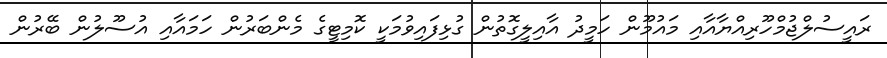
ރައީސުލްޖުމްހޫރިއްޔާއާއި މައުމޫން ހަމީދު އާއިލީގޮތުން ގުޅިފައިވުމަކީ ކޮމިޓީގެ މެންބަރުން ހަމައާއި އުސޫލުން ބޭރުން